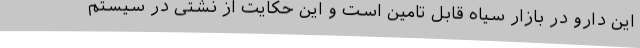
این دارو در بازار سیاه قابل تامین است و این حکایت از نشتی در سیستم